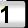
Digit: 1